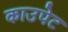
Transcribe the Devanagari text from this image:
काउपेट